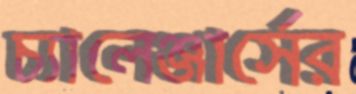
চ্যালেঞ্জার্সের